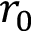
r _ { 0 }